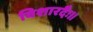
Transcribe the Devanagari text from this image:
विशारदैः॥